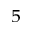
_ 5